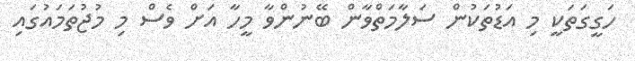
ހަގީގަތަކީ މި އަޑުތަކުން ސަލާމަތްވާން ބޭނުންވާ މީހާ އަށް ވެސް މި މުޖުތަމައުގައި